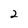
Character: 2